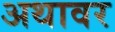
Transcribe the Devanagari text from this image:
अथावर